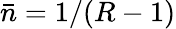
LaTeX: \bar{n}=1/(R-1)